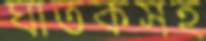
ঘাতকসহ